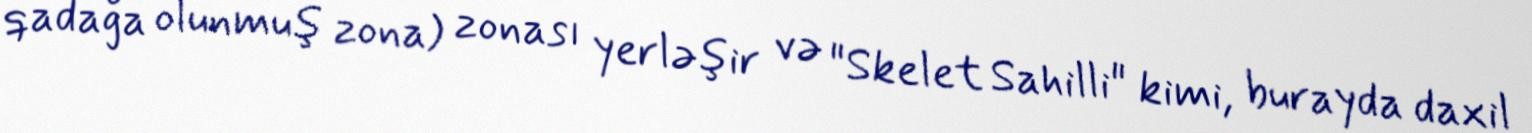
qadağa olunmuş zona) zonası yerləşir və "Skelet Sahilli" kimi, burayda daxil